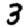
Digit: 3